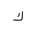
Letter: _kaf